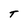
Character: T